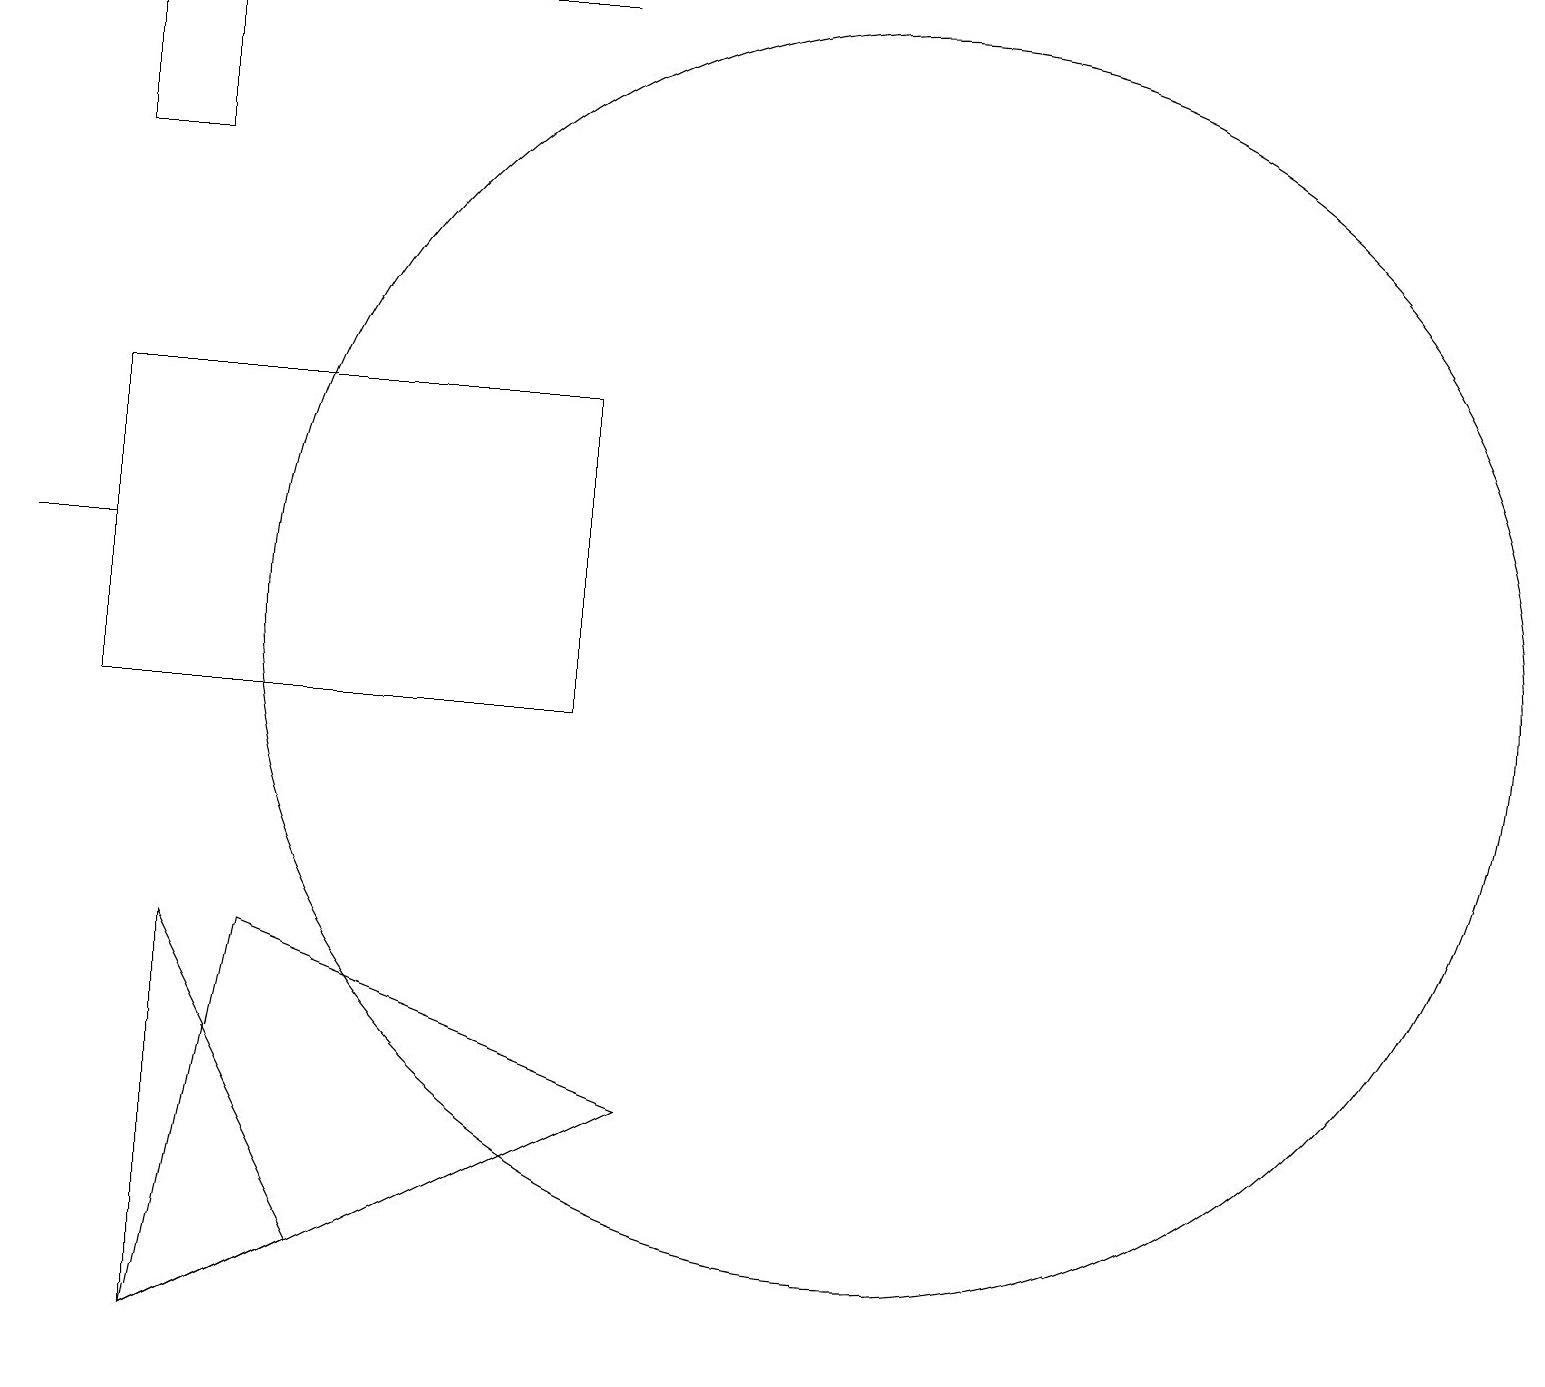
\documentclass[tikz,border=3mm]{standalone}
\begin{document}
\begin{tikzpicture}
\draw (12,11) circle (8);
\draw (8,19) rectangle (1,19);
\draw (2,12) rectangle (1,12);
\draw (4,7) -- (9,5) -- (3,2) -- cycle;
\draw (2,14) rectangle (8,10);
\draw (10,11) circle (0);
\draw (3,19) rectangle (2,17);
\draw (3,2) -- (3,7) -- (5,3) -- cycle;
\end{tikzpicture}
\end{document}